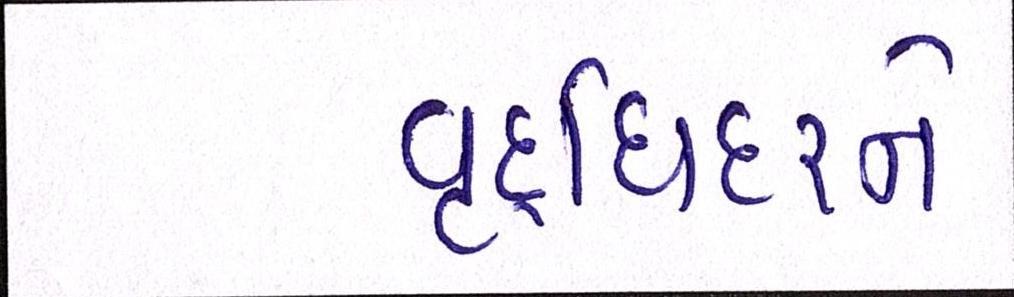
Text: વૃદ્ધિદરને